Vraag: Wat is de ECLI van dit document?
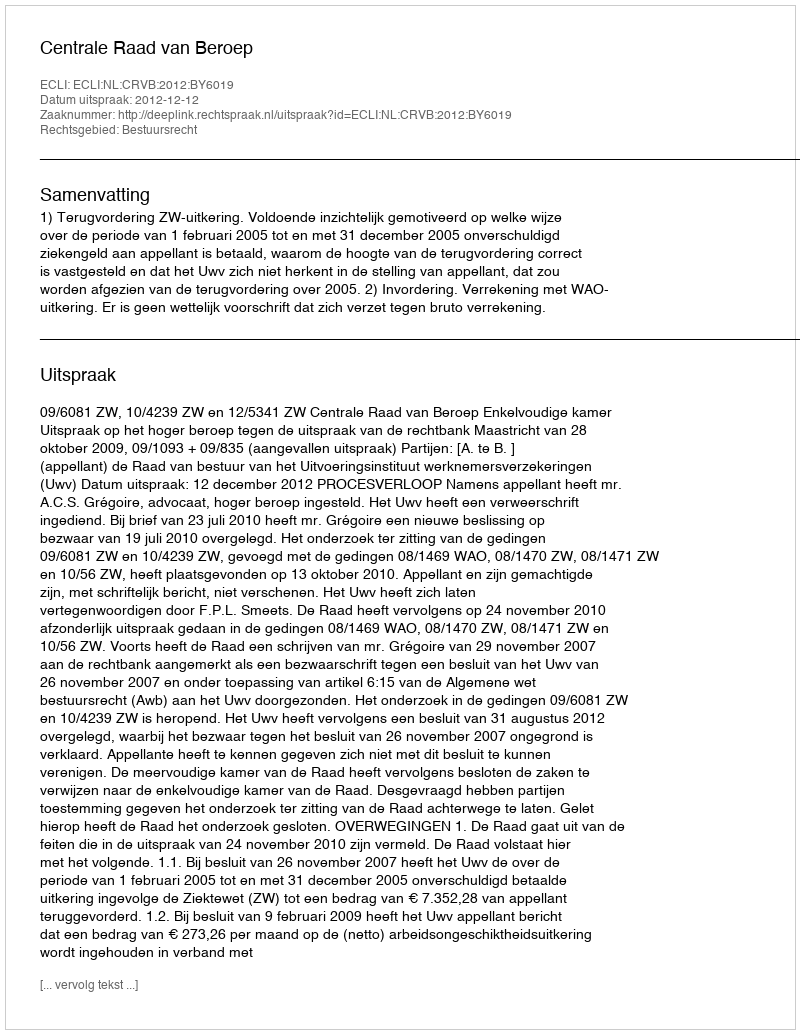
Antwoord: ECLI:NL:CRVB:2012:BY6019